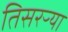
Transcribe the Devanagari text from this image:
तिसरऱ्या